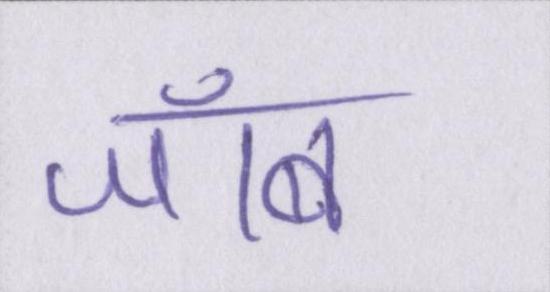
जॉब